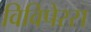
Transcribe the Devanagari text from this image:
विविपेरस